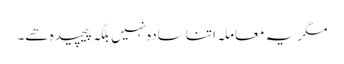
مگر یہ معاملہ اتنا سادہ نہیں بلکہ پیچیدہ ھے۔